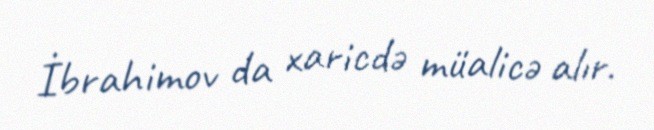
İbrahimov da xaricdə müalicə alır.